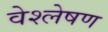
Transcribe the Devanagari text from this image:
वेश्लेषण